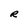
Character: R